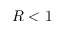
R < 1